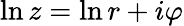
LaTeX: \ln z=\ln r+i\varphi